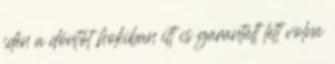
idén a döntőt hokiban itt is garantált lett volna